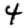
Digit: 4